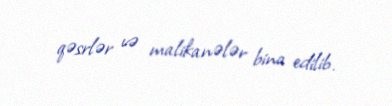
qəsrlər və malikanələr bina edilib.